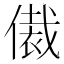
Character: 𬿢